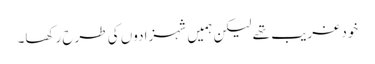
خود غریب تھے لیکن ہمیں شہزادوں کی طرح رکھا۔